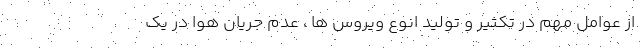
از عوامل مهم در تکثیر و تولید انوع ویروس ها ، عدم جریان هوا در یک